Vabadussoja_Ajaloo_Komitee, lk 60
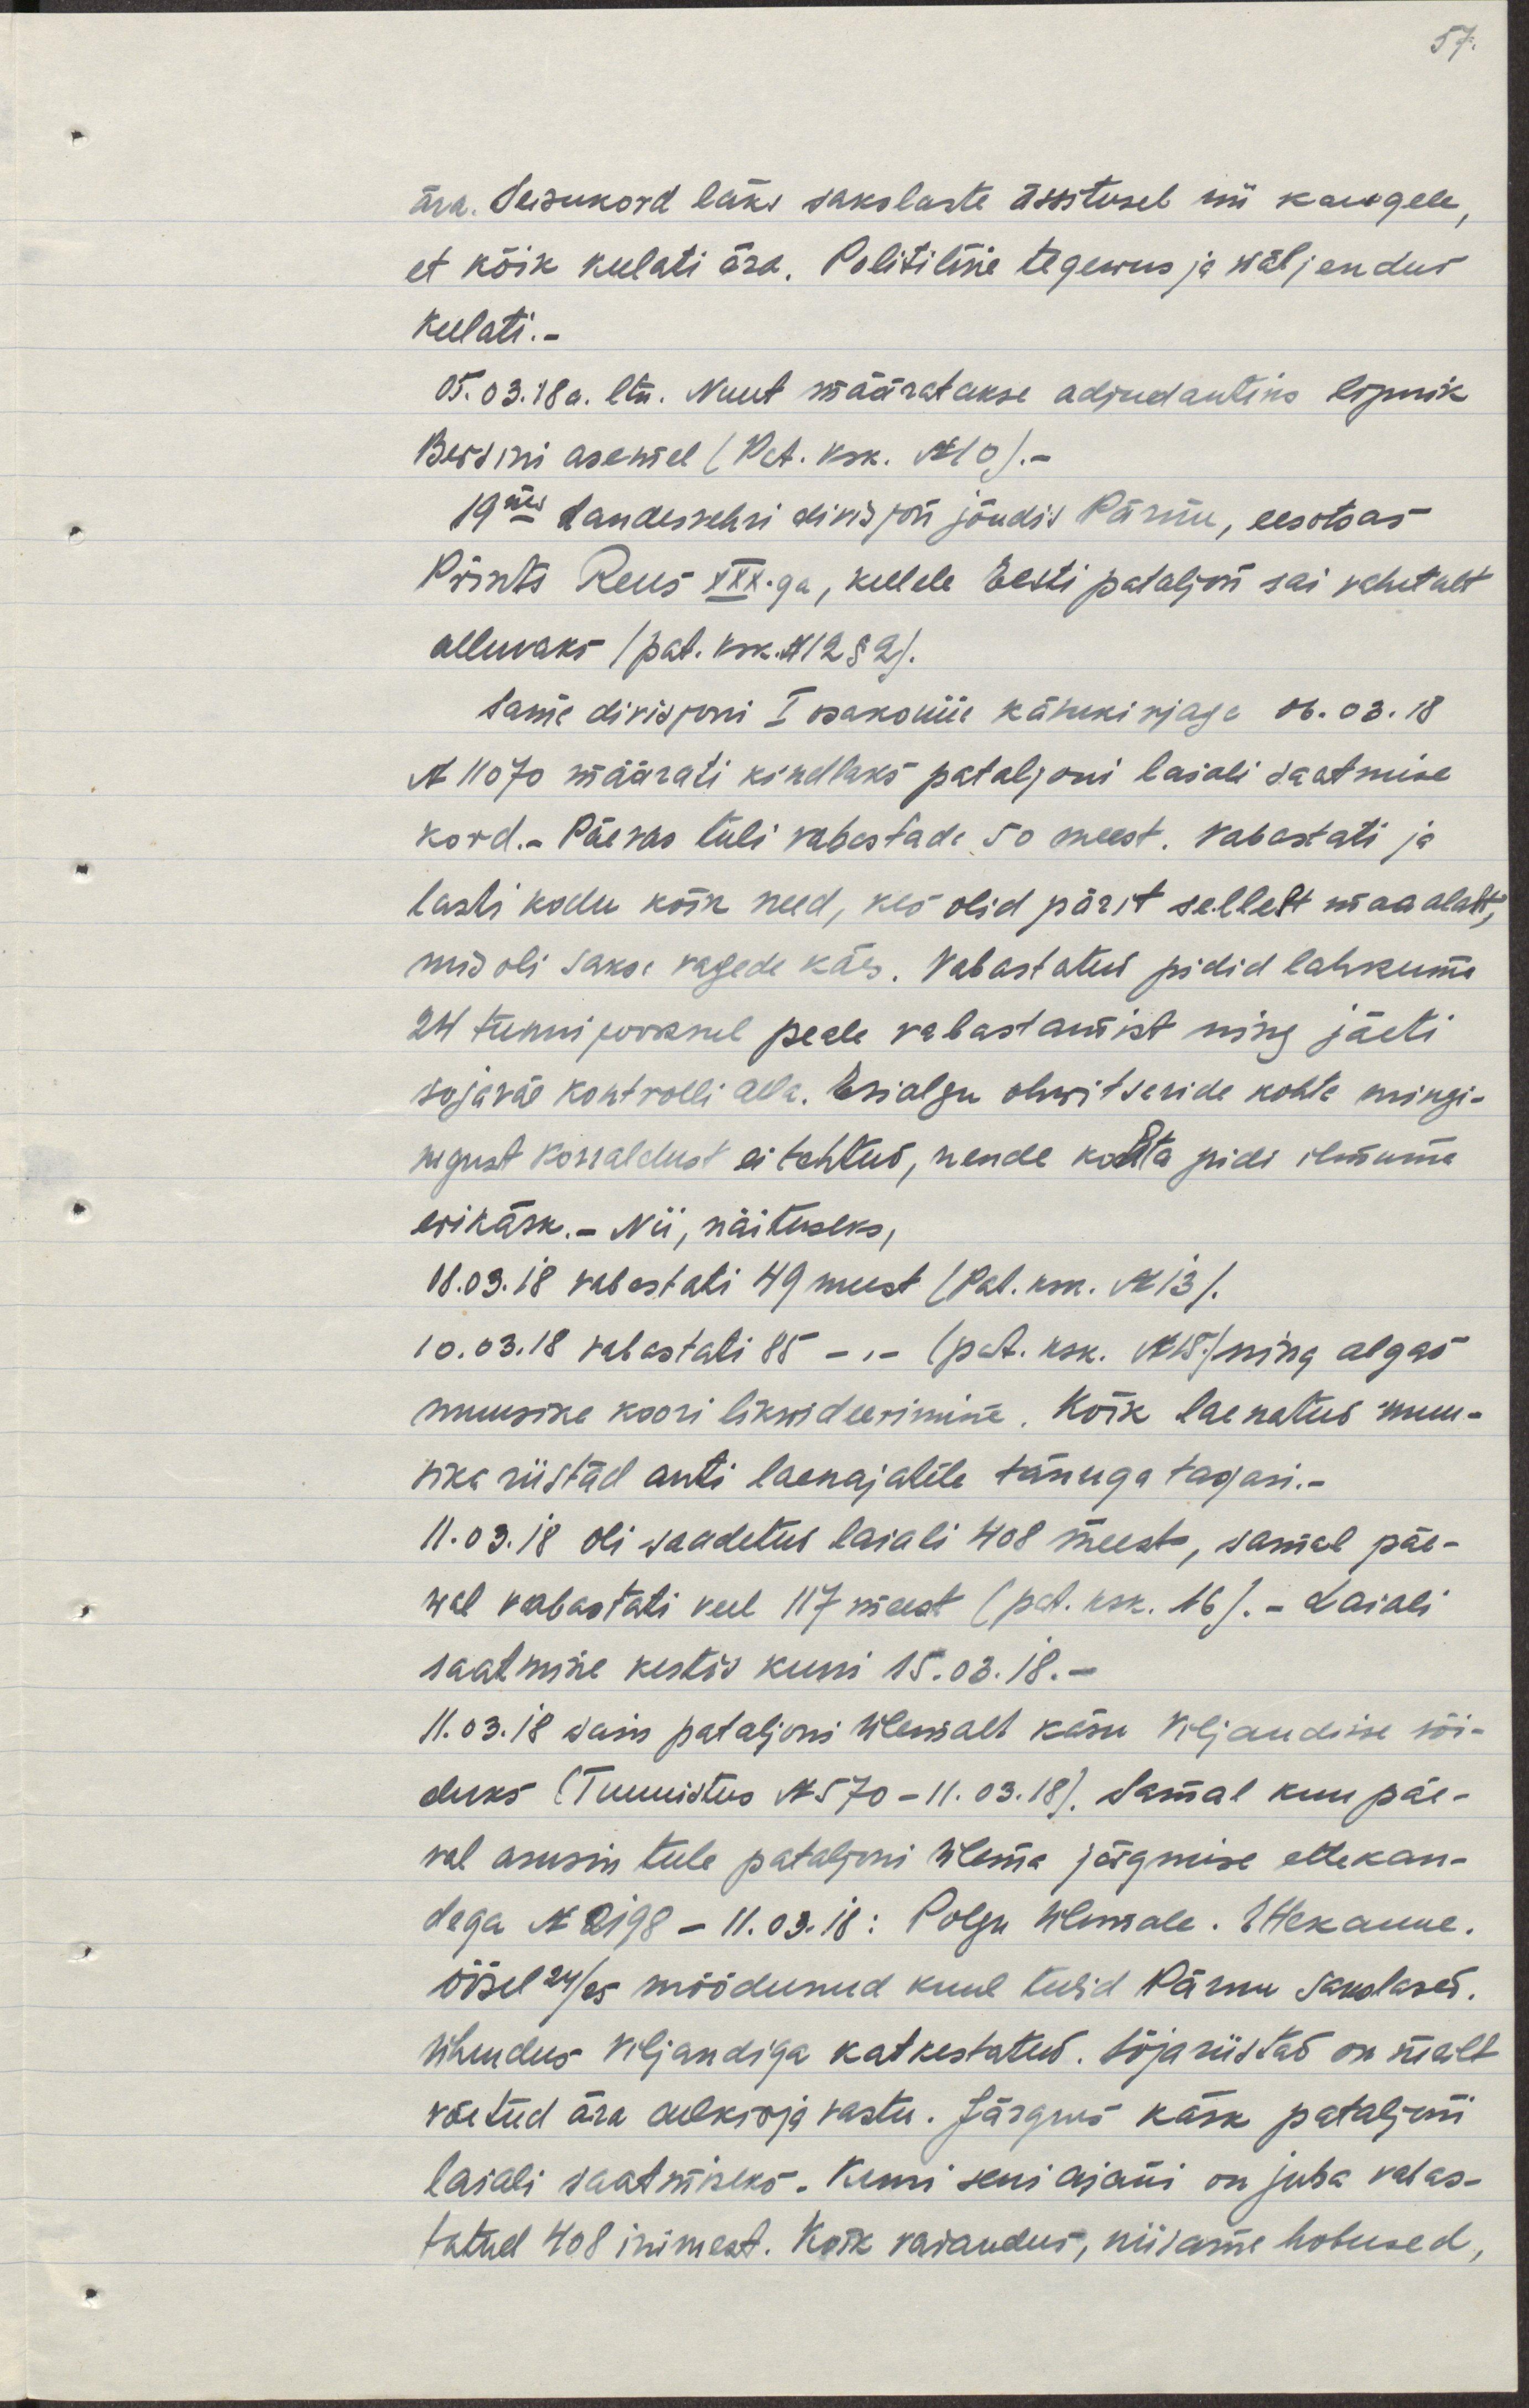
ära. Seisukord läks sakslaste ässitusel nii kaugele,
et kõik keelati ära. Politiline tegewus ja wäljendus
keelati.-
05.03.18a. ltn Nuut määratakse adjudantiks lipnik
Berzini asemel (Pat. ksk. N 10).-
19nes Landesvehri divisjon jõudis Pärnu, eesotsas
Prints Reus XXX-ga, kellele Eesti pataljon sai vahetult
alluvaks /pat. ksk N 12 § 2).
Saime divisjoni I osakonna käskkirjaga 06.03.18
N 11070 määrati kindlaks pataljoni laiali saatmise
kord. Päevas tuli vabastada 50 meest. Vabastati ja
lasti kodu kõik need, kes olid pärit sellelt maa alalat,
mis oli saksa vägede käes. Vabastatud pidid lahkuma
24 tunni jooksul peale vabastamist ning jäeti
sõjaväe kontrolli alla. Esialgu ohwitseride kohta mingi-
sugust korraldust ei tehtud, nende kohta pidi ilmuma
erikäsk.- Nii, näiteks,
08.03.18 vabastati 49 meest (Pat. ksk. N13/.
10.03.18 vabastati 85 -.- (pat. ksk N 15./  ning algas
muusika koori likwideerimine. Kõik laenatud muu-
sika riistad anti laenajatile tänuga tagasi.-
11.03.18 oli saadetud laiali 408 meest, samal päe-
wal vabastati veel 117 meest (pat. ksk 16/.- Laiali
saatmine kestis kuni 15.03.18.-
11.03.18 sain  pataljoni ülemalt käsu Viljandisse sõi-
duks (Tunnistus N 570-11.03.18). Samal kuupäe-
val asusin teele pataljoni ülema järgmise ettekan-
dega N 2198 - 11.03.18: Polgu ülemale. Ettekanne.
Öösel 24/25 möödunud kuul tulid Pärnu sakslased.
Ühendus Viljandiga katkestatud. Sõjariistad on meilt
võetud ära allkirja vastu. Järgnes käsk pataljoni
laiali saatmiseks. Kuni seni ajani on juba vabas-
tatud 408 inimest. Kõik varandus, niisama hobused,